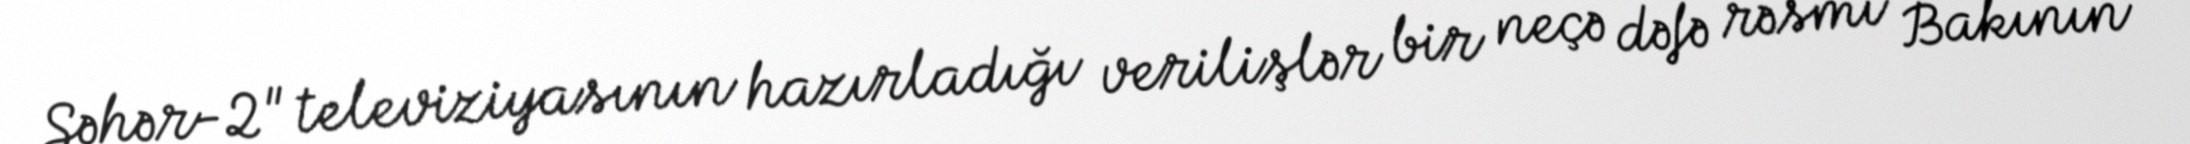
Səhər-2" televiziyasının hazırladığı verilişlər bir neçə dəfə rəsmi Bakının